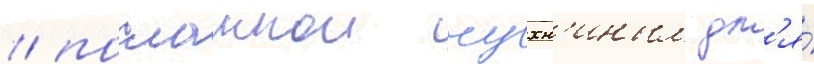
/ посланнои чухн'иным дл'я́